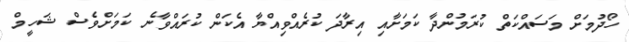
ހޯދުމަށް މަސައްކަތް ކުރަމުންދާ ކަމަށާއި އިރާދަ ކުރެއްވިއްޔާ އެކަން ކުރައްވާނެ ކަމަށްވެސް ޝަހީމް